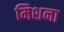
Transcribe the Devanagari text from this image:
मिशना